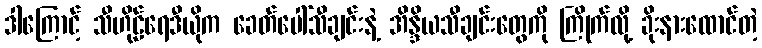
ဒါကြောင့် သီဟိုဠ်ရေဒီယိုက ခေတ်ပေါ်သီချင်းနဲ့ အိန္ဒိယသီချင်းတွေကို ကြိုက်လို့ ခိုးနားထောင်တဲ့